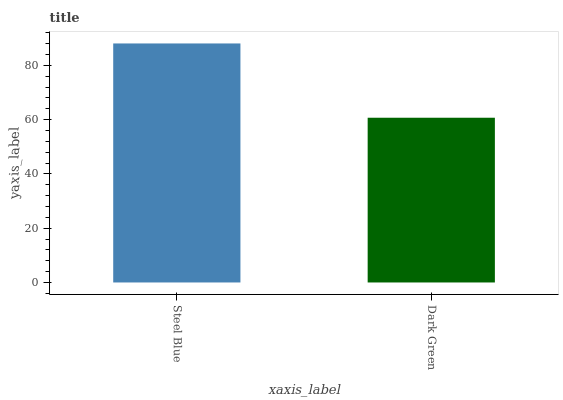
| xaxis_label | bars |
 | --- | --- |
 | Steel Blue | 88.1 |
 | Dark Green | 60.7 |